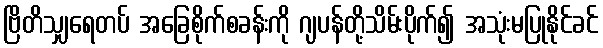
ဗြိတိသျှရေတပ် အခြေစိုက်စခန်းကို ဂျပန်တို့သိမ်းပိုက်၍ အသုံးမပြုနိုင်ခင်